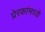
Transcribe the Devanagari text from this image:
प्रेरकांमध्ये